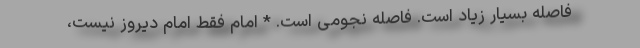
فاصله بسیار زیاد است. فاصله نجومی است. * امام فقط امام دیروز نیست،